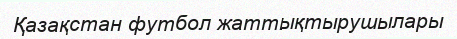
Қазақстан футбол жаттықтырушылары